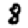
Digit: 8